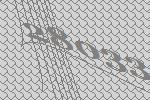
28033